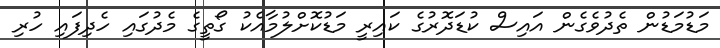
މަޑުމަޑުން ތެދުވެގެން އައިސް ކުޑަދޮރުގެ ކައިރީ މަޑުކޮށްލުމާއެކު ގޯތީގެ މެދުގައި ހެދިފައި ހުރި